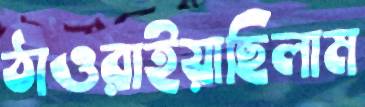
ঠাওরাইয়াছিলাম